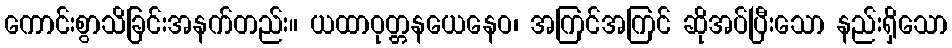
ကောင်းစွာသိခြင်းအနက်တည်း။ ယထာဝုတ္တနယေနေဝ၊ အကြင်အကြင် ဆိုအပ်ပြီးသော နည်းရှိသော